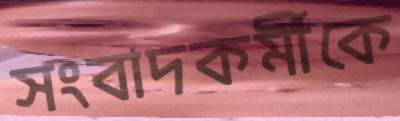
সংবাদকর্মীকে